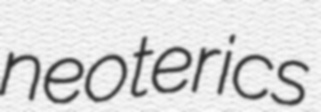
neoterics